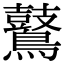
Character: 𪇀